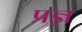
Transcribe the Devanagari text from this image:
प्रज्ञ